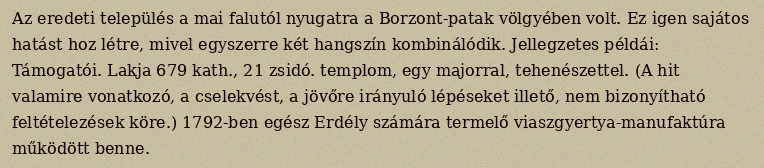
Az eredeti település a mai falutól nyugatra a Borzont-patak völgyében volt. Ez igen sajátos hatást hoz létre, mivel egyszerre két hangszín kombinálódik. Jellegzetes példái: Támogatói. Lakja 679 kath., 21 zsidó. templom, egy majorral, tehenészettel. (A hit valamire vonatkozó, a cselekvést, a jövőre irányuló lépéseket illető, nem bizonyítható feltételezések köre.) 1792-ben egész Erdély számára termelő viaszgyertya-manufaktúra működött benne.